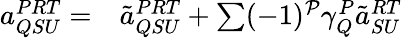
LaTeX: \begin{array}{rl}{a_{QSU}^{PRT}=}&{{}\tilde{a}_{QSU}^{PRT}+\sum(-1)^{\mathcal P}\gamma_{Q}^{P}\tilde{a}_{SU}^{RT}}\end{array}